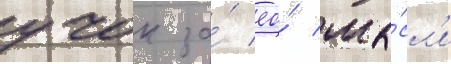
учок за́ ео́ мы́сл'и